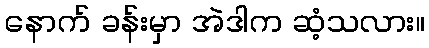
နောက် ခန်းမှာ အဲဒါက ဆံ့သလား။